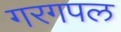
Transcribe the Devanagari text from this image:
गरगपल